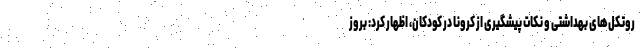
روتکل‌های بهداشتی و نکات پیشگیری از کرونا در کودکان، اظهار کرد: بروز